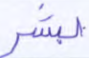
لبشر